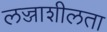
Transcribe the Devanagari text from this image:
लज्जाशीलता